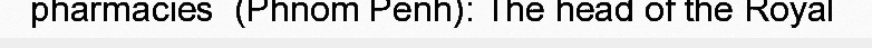
pharmacies  (Phnom Penh): The head of the Royal